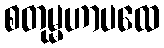
စတုမ္မဟာပထေ